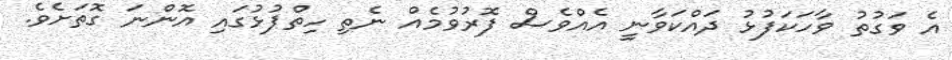
އެ ވަގުތު ވާހަކަފުޅު ދައްކަވާނީ އެއްވެސް ފޮރުވުމެއް ނެތި ހިތްޕުޅުގައި އޮންނަ ގޮތަށެވެ.